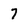
Character: 7